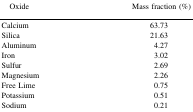
| Oxide | Mass fraction (%) |
 | --- | --- |
 | Calcium | 63.73 |
 | Silica | 21.63 |
 | Aluminum | 4.27 |
 | Iron | 3.02 |
 | Sulfur | 2.69 |
 | Magnesium | 2.26 |
 | Free Lime | 0.75 |
 | Potassium | 0.51 |
 | Sodium | 0.21 |